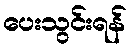
ပေးသွင်းရန်